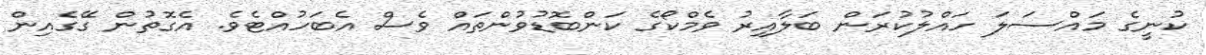
ކުނީގެ މައްސަލަ ހައްލުކުރަން ބަލާއިރު ވެމްކޯގެ ކަންބޮޑުވުންތައް ވެސް އެބަހުއްޓެވެ. އެގޮތުން ގޭގެއިން